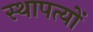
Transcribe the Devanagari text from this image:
स्थापत्यों